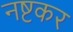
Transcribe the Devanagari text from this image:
नष्टकर